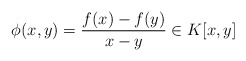
\begin{align*}\phi(x, y)=\frac{f(x)-f(y)}{x-y}\in K[x, y]\end{align*}